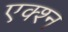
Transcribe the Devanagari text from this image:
एक्श्‍न